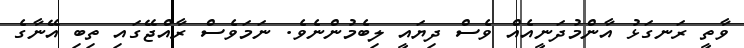
ވާތީ ރަނގަޅު އާންމުދަނީއެއް ވެސް ދިޔައީ ލިބެމުންނެވެ. ނަމަވެސް ރާއްޖޭގައި ތިބި އޭނާގެ